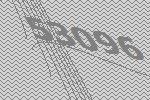
53096